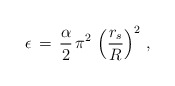
\begin{align*}\epsilon\,=\,\frac{\alpha}{2}\,\pi^2\,\left(\frac{r_s}{R}\right)^2\,{,}\end{align*}